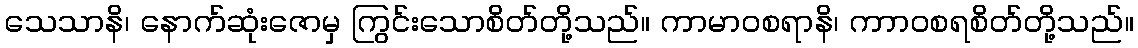
သေသာနိ၊ နောက်ဆုံးဇောမှ ကြွင်းသောစိတ်တို့သည်။ ကာမာဝစရာနိ၊ ကာာဝစရစိတ်တို့သည်။